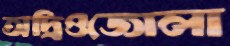
অদ্রিওজোলা